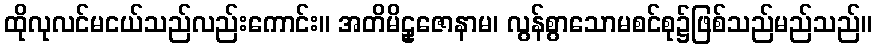
ထိုလုလင်မငယ်သည်လည်းကောင်း။ အတိမိဠှဇောနာမ၊ လွန်စွာသောမစင်စု၌ဖြစ်သည်မည်သည်။